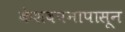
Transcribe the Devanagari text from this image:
केशवपनापासून